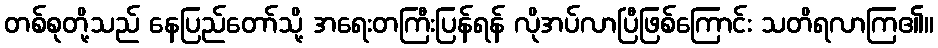
တစ်စုတို့သည် နေပြည်တော်သို့ အရေးတကြီးပြန်ရန် လိုအပ်လာပြီဖြစ်ကြောင်း သတိရလာကြ၏။